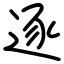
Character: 逐